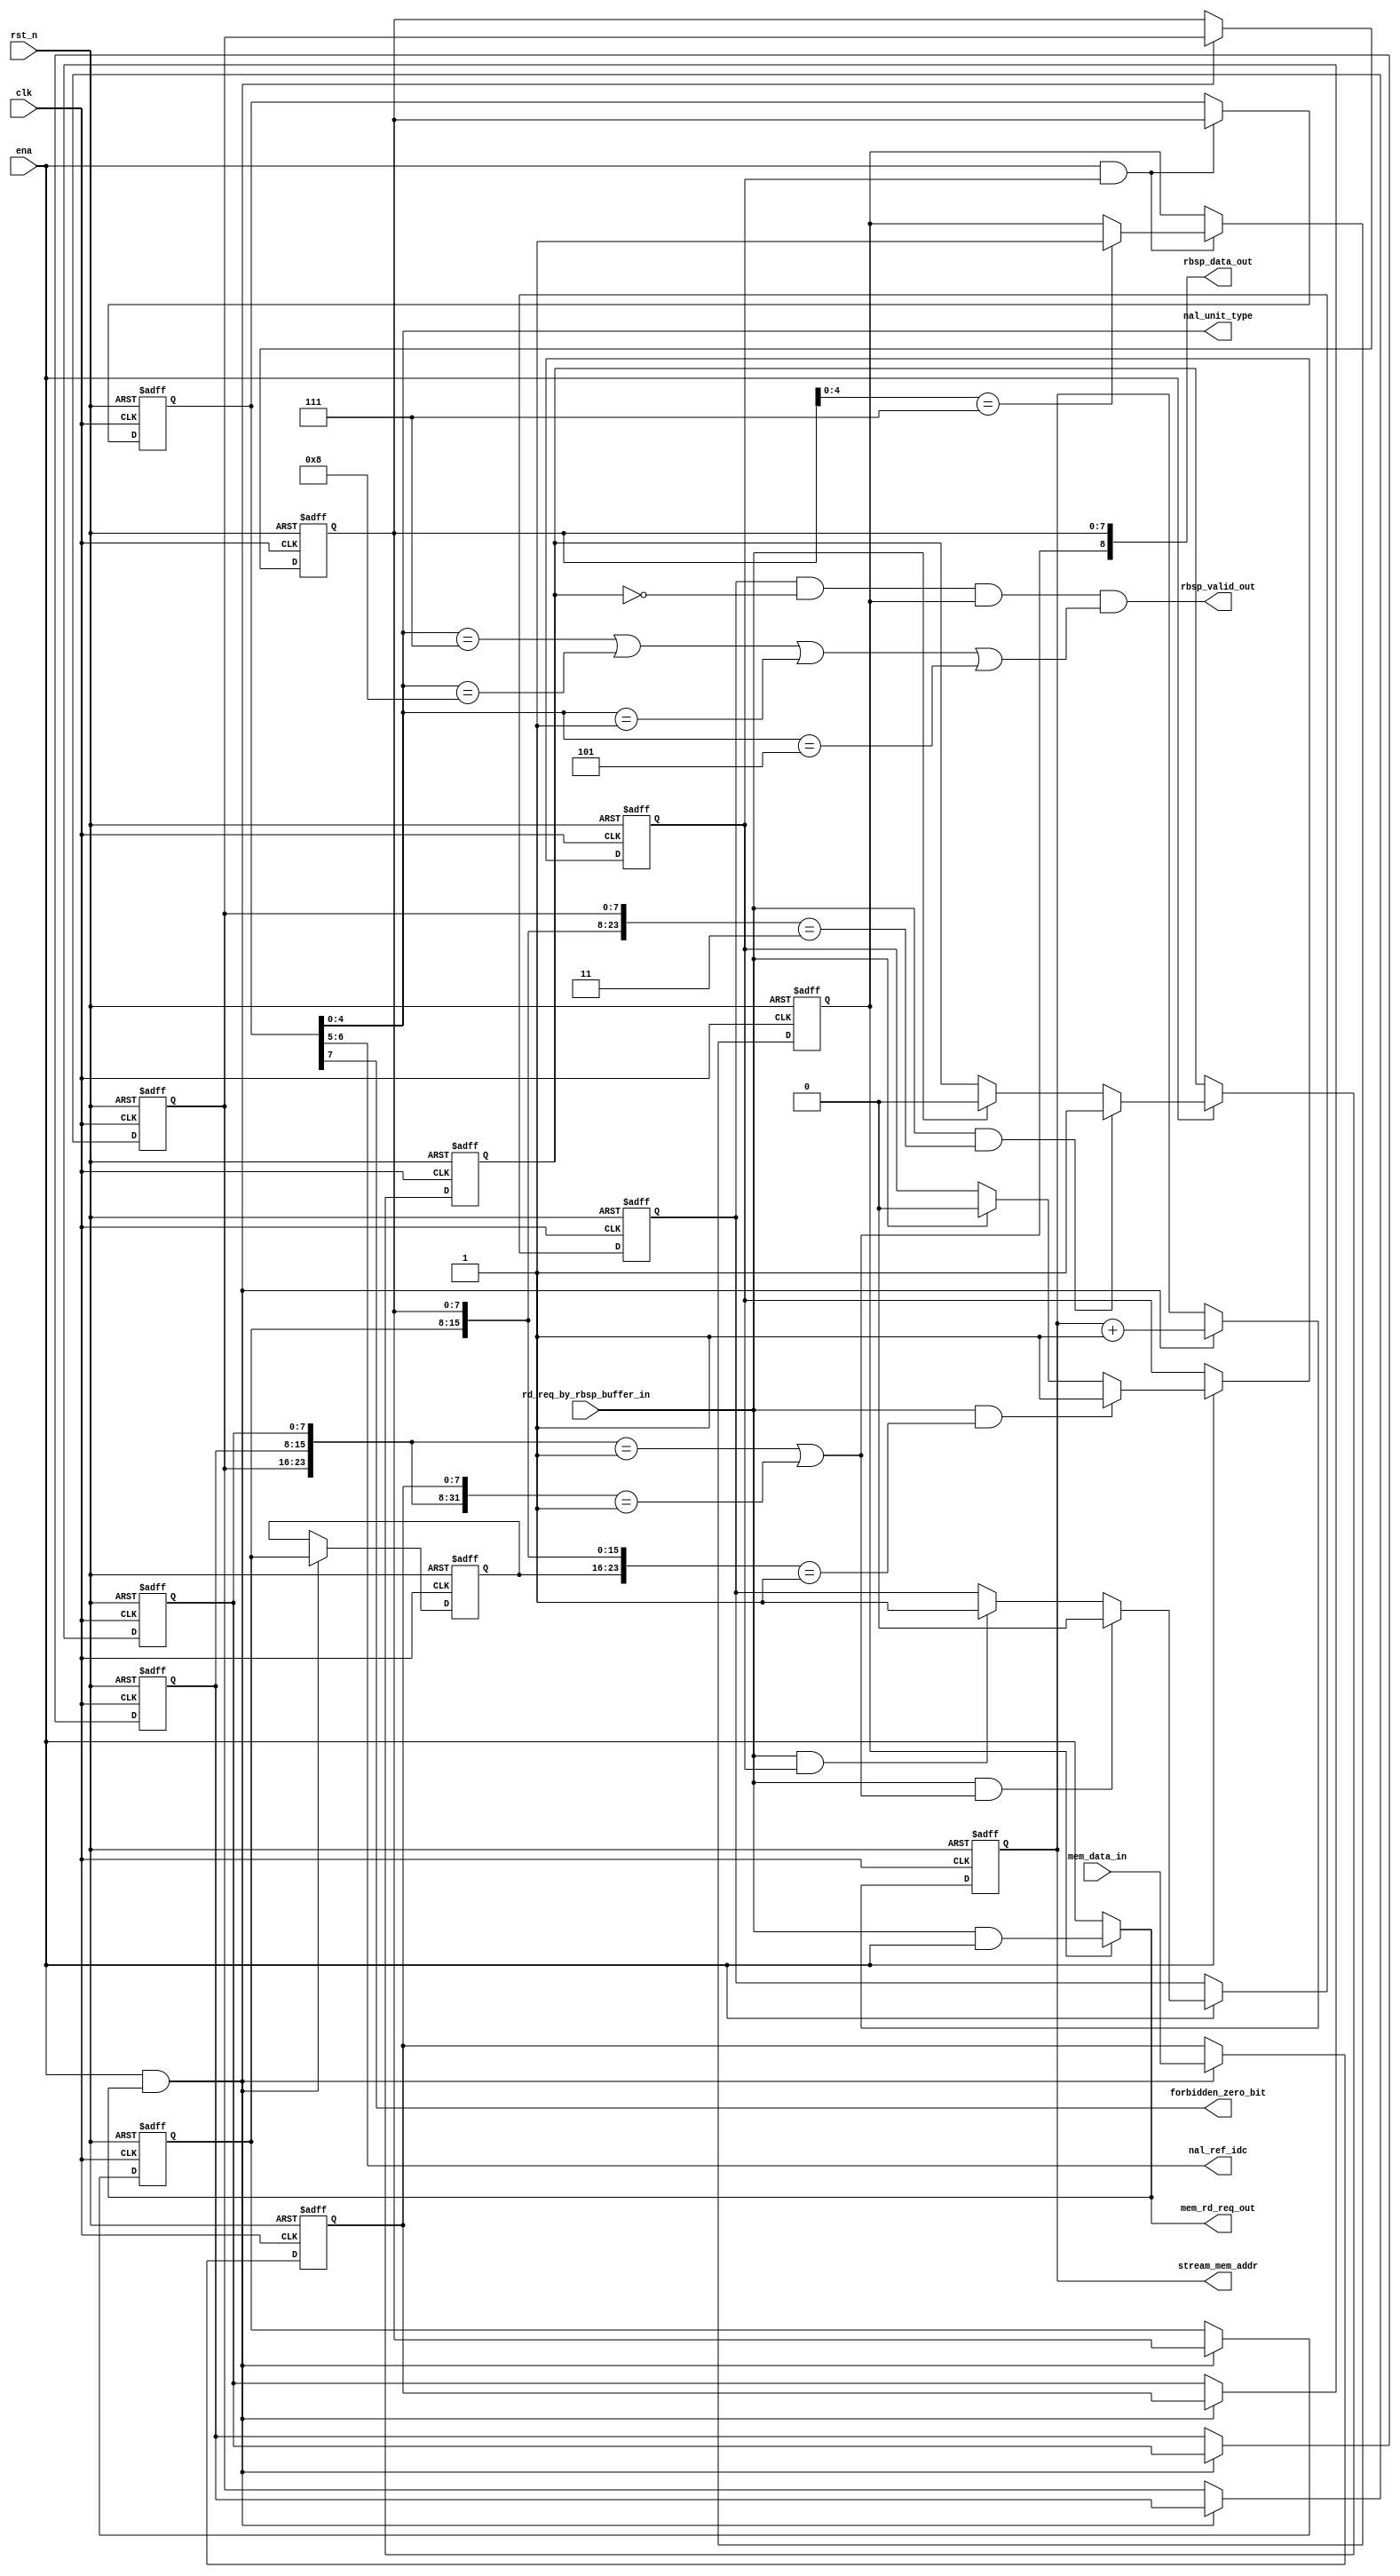
//--------------------------------------------------------------------------------------------------
// Copyright (C) 2013-2017 qiu bin 
// All rights reserved   
// Design    : bitstream_p
// Author(s) : qiu bin
// Phone 15957074161
// QQ:1517642772             
//-------------------------------------------------------------------------------------------------

module read_nalu
(
 clk,
 rst_n,
 ena,
 rd_req_by_rbsp_buffer_in,
 mem_data_in,

 nal_unit_type,
 nal_ref_idc,
 forbidden_zero_bit,

 stream_mem_addr, 
 mem_rd_req_out,
 rbsp_data_out,
 rbsp_valid_out
);
input clk,rst_n;	   //global clock and reset					   
input rd_req_by_rbsp_buffer_in;		   //enable this module
input ena;
input 	[7:0]	mem_data_in;	  //data from stream
output	[31:0]	stream_mem_addr;
output  		mem_rd_req_out;		  //read request from stream

output[4:0] nal_unit_type;	   //nalu head output
output[1:0] nal_ref_idc;
output      forbidden_zero_bit; 

output[8:0] rbsp_data_out;	  //data to rbsp buffer
output      rbsp_valid_out;	  	 //write to rbsp buffer

//nslu
parameter
NaluStartBytes = 24'h000001;

reg[7:0] nalu_head;
reg       nalu_valid;

reg[7:0] last_byte3;
reg[7:0] last_byte2;
reg[7:0] last_byte1;
reg[7:0] current_byte;
reg[7:0] next_byte1;
reg[7:0] next_byte2;
reg[7:0] next_byte3;
reg[7:0] next_byte4;

reg  start_bytes_detect;//current nalu start bytes
reg sps_found;
wire next_start_bytes_detect; //next nalu start bytes

reg [31:0] stream_mem_addr;
always @(posedge clk or negedge rst_n)
if (!rst_n)
   stream_mem_addr  <=  0;
else if (ena && mem_rd_req_out == 1'b1)
   stream_mem_addr  <= stream_mem_addr + 1;


always @(posedge clk or negedge rst_n)
if (!rst_n)
begin
   last_byte1   <= 8'b0;
   last_byte2   <= 8'b0;
   last_byte3   <= 8'b0;
   current_byte <= 8'b0;
   next_byte1   <= 8'b0;
   next_byte2   <= 8'b0;
   next_byte3   <= 8'b0;
   next_byte4   <= 8'b0;
end
else if (ena && mem_rd_req_out)
begin
   next_byte4   <= mem_data_in;
   next_byte3   <= next_byte4;
   next_byte2   <= next_byte3;
   next_byte1   <= next_byte2;
   current_byte <= next_byte1;
   last_byte1   <= current_byte;
   last_byte2   <= last_byte1;
   last_byte3   <= last_byte2; 
end
    
//detect nalu start bytes     
always @(posedge clk or negedge rst_n)
if (~rst_n)
    start_bytes_detect <= 1'b0;
else if(ena) begin
	if (rd_req_by_rbsp_buffer_in && {last_byte2,last_byte1,current_byte} 
			 == NaluStartBytes)
		start_bytes_detect <= 1'b1;
	else if (rd_req_by_rbsp_buffer_in)
		start_bytes_detect <= 1'b0;    
end
//nalu head

always @(posedge clk or negedge rst_n)
if (~rst_n) begin
   nalu_head <= 'b0;
   sps_found <= 'b0;
end
else if (ena && start_bytes_detect)begin
	nalu_head <= current_byte;
	if (current_byte[4:0] == 7)
		sps_found <= 1'b1;
end


always @(posedge clk or negedge rst_n)
if (~rst_n)
   nalu_valid <= 1'b0;
else if (ena) begin
	if(rd_req_by_rbsp_buffer_in && next_start_bytes_detect)
	   nalu_valid <= 1'b0;
	else if (rd_req_by_rbsp_buffer_in && start_bytes_detect)
	   nalu_valid <= 1'b1;
end
//current nalu end , next nalu start       
assign next_start_bytes_detect =  {next_byte1,next_byte2,next_byte3} == NaluStartBytes ||
{next_byte1,next_byte2,next_byte3,next_byte4} == {8'h00,NaluStartBytes} ;

//nalu head struct
assign nal_unit_type = nalu_head[4:0];
assign nal_ref_idc = nalu_head[6:5];
assign forbidden_zero_bit = nalu_head[7]; 

//ebsp to rbsp
parameter
emulation_prevention_three_byte = 24'h000003;

reg competition_bytes_detect;

always @(posedge clk or negedge rst_n)
if (~rst_n)
    competition_bytes_detect <= 1'b0;
else if (ena)begin
	if (rd_req_by_rbsp_buffer_in && {last_byte1,current_byte,next_byte1}
			  == emulation_prevention_three_byte)
		competition_bytes_detect <= 1'b1;
	else if (rd_req_by_rbsp_buffer_in)
		competition_bytes_detect <= 1'b0;
end
     
assign rbsp_data_out = {next_start_bytes_detect, current_byte};
assign rbsp_valid_out = nalu_valid && !competition_bytes_detect && sps_found && (
   						nal_unit_type == 7 || nal_unit_type == 8 || nal_unit_type == 1 || nal_unit_type == 5) ;

//mem read
assign mem_rd_req_out = sps_found ? (rd_req_by_rbsp_buffer_in && ena):ena;
        
endmodule